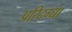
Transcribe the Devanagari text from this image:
परिदग्धा